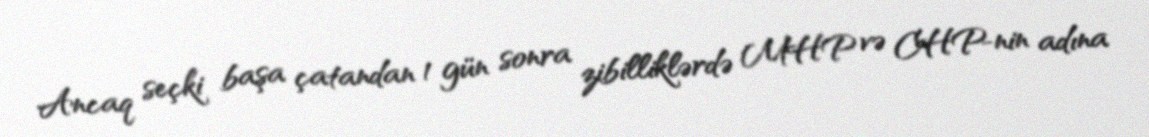
Ancaq seçki başa çatandan 1 gün sonra zibilliklərdə MHP və CHP-nin adına